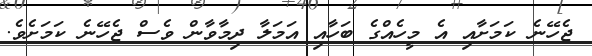
ޖެހޭނެ ކަމަށާއި އެ މީހެއްގެ ބަހާއި އަމަލާ ދިމާވާން ވެސް ޖެހޭނެ ކަމަށެވެ.